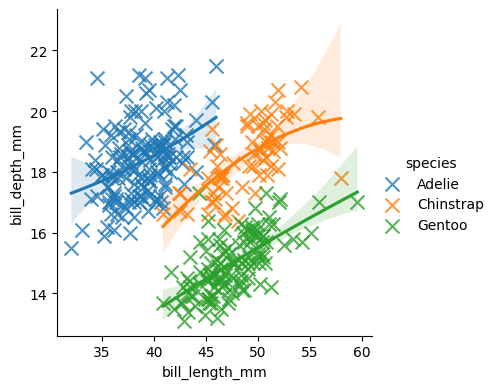
python, seaborn, lmplot, aspect=1.0, order=2, markers='x'